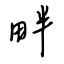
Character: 畔